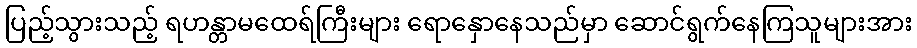
ပြည့်သွားသည့် ရဟန္တာမထေရ်ကြီးများ ရောနှောနေသည်မှာ ဆောင်ရွက်နေကြသူများအား